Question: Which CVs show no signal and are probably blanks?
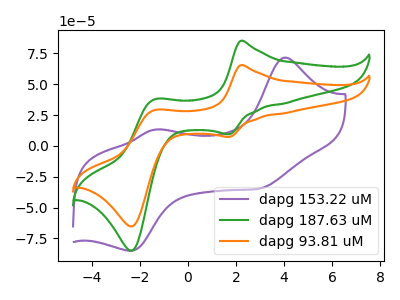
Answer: <think>The purple curve "dapg 153.22 uM" has anodic peaks at (4.00V, 71.65uA) (-1.40V, 13.25uA) and cathodic peaks at (3.05V, -34.30uA) (-2.40V, -85.10uA). The green curve "dapg 187.63 uM" has anodic peaks at (2.20V, 85.20uA) (-1.40V, 37.70uA) and cathodic peaks at (1.70V, 9.45uA) (-2.30V, -84.95uA). The orange curve "dapg 93.81 uM" has anodic peaks at (2.20V, 65.45uA) (-1.40V, 29.00uA) and cathodic peaks at (1.70V, 7.25uA) (-2.30V, -65.25uA).</think>
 <answer>There are not any CV's on this graph that are likely to be blanks.</answer>
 <eval>none</eval>